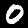
Digit: 0